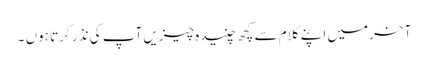
آخر میں اپنے کلام سے کچھ چنیدہ چیزیں آپ کی نذر کرتا ہوں ۔